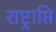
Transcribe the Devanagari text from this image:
राष्ट्राप्ति